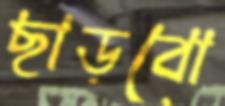
ছাড়বো